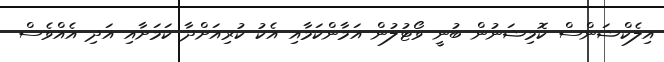
އިލެކްޝަންސް ކޮމިޝަނުން ބުނީ ވޯޓުލުން އަމާންކަމާއި އެކު ކުރިއަށްދާ ކަމަށާއި އަދި އެއްވެސް